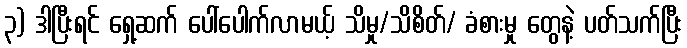
၃) ဒါပြီးရင် ရှေ့ဆက် ပေါ်ပေါက်လာမယ့် သိမှု/သိစိတ်/ ခံစားမှု တွေနဲ့ ပတ်သက်ပြီး